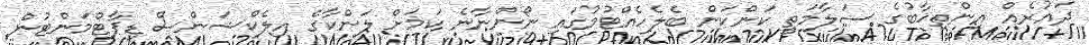
ދައުރެއް އިންތިޚާބުގެ ސަލާމަތީ ކަންކަން ބެލެހެއްޓުމުގައި ނޯންނާނެ ކަމަށް ލަންކާގެ އިލެކްޝަންސް ޑިޕާޓްމަންޓުން